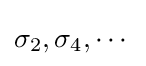
\sigma _{2},\sigma _{4},\cdots